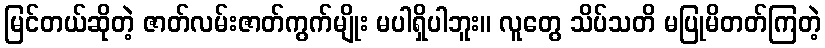
မြင်တယ်ဆိုတဲ့ ဇာတ်လမ်းဇာတ်ကွက်မျိုး မပါရှိပါဘူး။ လူတွေ သိပ်သတိ မပြုမိတတ်ကြတဲ့